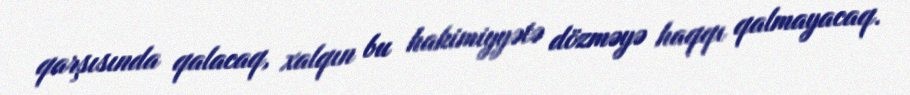
qarşısında qalacaq, xalqın bu hakimiyyətə dözməyə haqqı qalmayacaq.